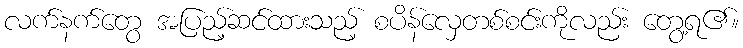
လက်နက်တွေ အပြည့်ဆင်ထားသည့် စပိန်လှေတစ်စင်းကိုလည်း တွေ့ရ၏။